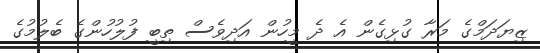
ޒިޔަދަމްގެ މަރާ ގުޅިގެން އެ ދެ މީހުން އަދިވެސް ތިބީ ފުލުހުންގެ ބެލުމުގެ